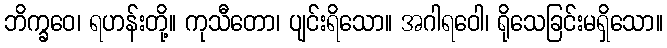
ဘိက္ခဝေ၊ ရဟန်းတို့။ ကုသီတော၊ ပျင်းရိသော။ အဂါရဝေါ၊ ရိုသေခြင်းမရှိသော။